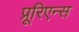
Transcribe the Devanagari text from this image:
प्रूरिएन्स